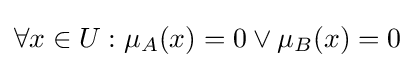
\forall x\in U:\mu _{A}(x)=0\lor \mu _{B}(x)=0